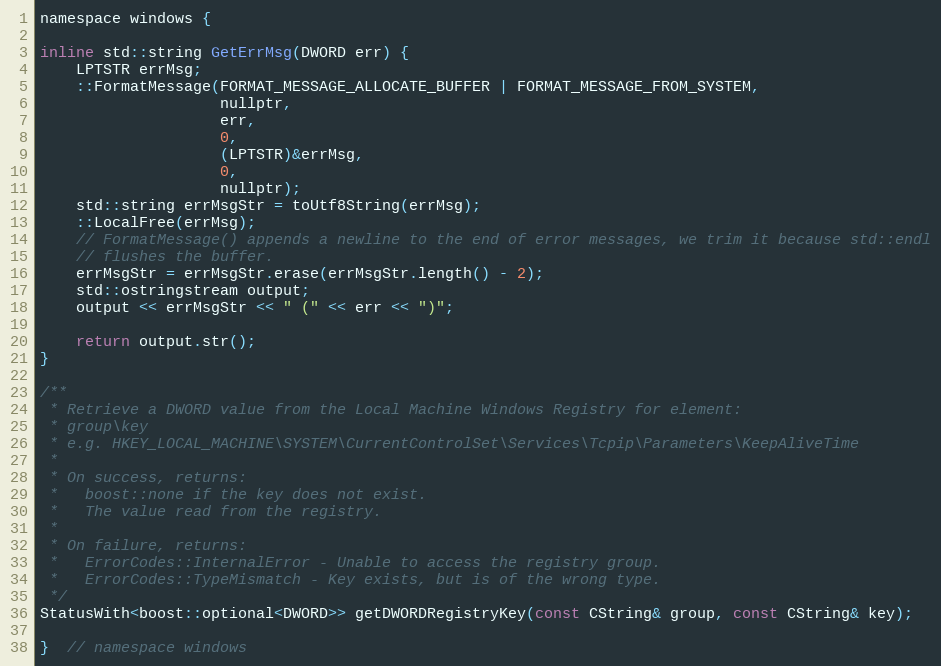
Language: C
namespace windows {

inline std::string GetErrMsg(DWORD err) {
    LPTSTR errMsg;
    ::FormatMessage(FORMAT_MESSAGE_ALLOCATE_BUFFER | FORMAT_MESSAGE_FROM_SYSTEM,
                    nullptr,
                    err,
                    0,
                    (LPTSTR)&errMsg,
                    0,
                    nullptr);
    std::string errMsgStr = toUtf8String(errMsg);
    ::LocalFree(errMsg);
    // FormatMessage() appends a newline to the end of error messages, we trim it because std::endl
    // flushes the buffer.
    errMsgStr = errMsgStr.erase(errMsgStr.length() - 2);
    std::ostringstream output;
    output << errMsgStr << " (" << err << ")";

    return output.str();
}

/**
 * Retrieve a DWORD value from the Local Machine Windows Registry for element:
 * group\key
 * e.g. HKEY_LOCAL_MACHINE\SYSTEM\CurrentControlSet\Services\Tcpip\Parameters\KeepAliveTime
 *
 * On success, returns:
 *   boost::none if the key does not exist.
 *   The value read from the registry.
 *
 * On failure, returns:
 *   ErrorCodes::InternalError - Unable to access the registry group.
 *   ErrorCodes::TypeMismatch - Key exists, but is of the wrong type.
 */
StatusWith<boost::optional<DWORD>> getDWORDRegistryKey(const CString& group, const CString& key);

}  // namespace windows